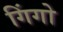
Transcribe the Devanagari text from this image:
गिंगो